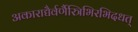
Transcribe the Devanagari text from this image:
अकाराद्यैर्वर्णैस्त्रिभिरभिदधत्